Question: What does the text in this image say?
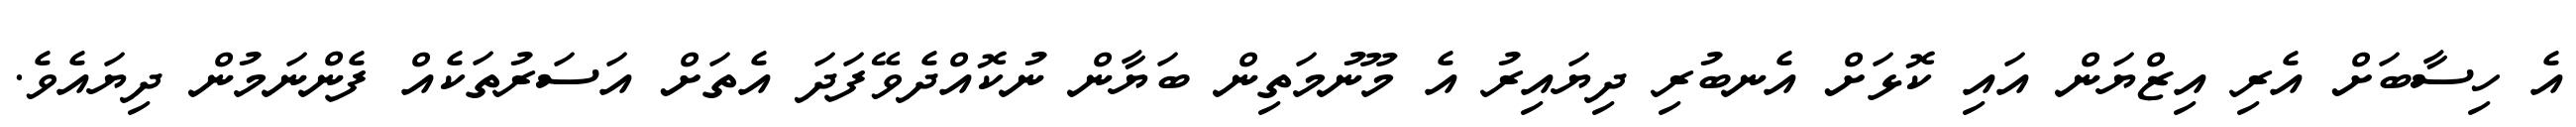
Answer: އެ ހިސާބަށް އެރި އިޒްޔަން އައި ކޮޅަށް އެނބުރި ދިޔައިރު އެ މޫނުމަތިން ބަޔާން ނުކޮއްދެވޭފަދަ އެތަށް އަސަރުތަކެއް ފެންނަމުން ދިޔައެވެ.